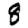
Digit: 8